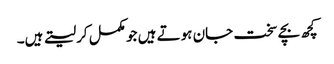
کچھ بچے سخت جان ہوتے ہیں جو مکمل کرلیتے ہیں۔